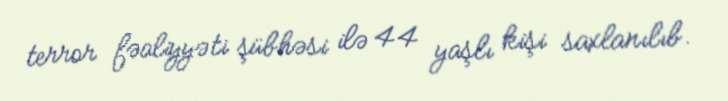
terror fəaliyyəti şübhəsi ilə 44 yaşlı kişi saxlanılıb.